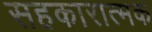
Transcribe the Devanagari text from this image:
सहकारात्मक